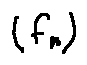
( f _ { n } )